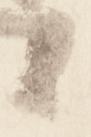
候